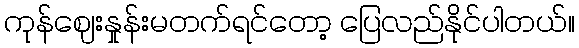
ကုန်ဈေးနှုန်းမတက်ရင်တော့ ပြေလည်နိုင်ပါတယ်။